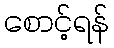
စောင့်ရန်